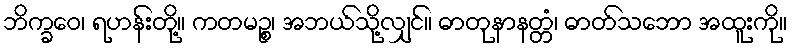
ဘိက္ခဝေ၊ ရဟန်းတို့။ ကတမဉ္စ၊ အဘယ်သို့လျှင်။ ဓာတုနာနတ္တံ၊ ဓာတ်သဘော အထူးကို။